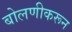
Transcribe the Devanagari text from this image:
बोलणीकरून